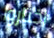
اختاروا